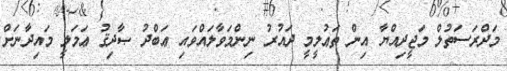
މަދްރަސަތުލް މަޖީދިއްޔާ އިން ތަޢުލީމީ ދައުރު ނިންމަވާލައްވައި ޢަބްދު ޞާދިޤު ޢަމަލީ މައިދާނަށް